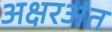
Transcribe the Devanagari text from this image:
अक्षरअंत